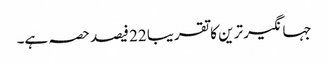
جہانگیر ترین کا تقریبا 22 فیصد حصہ ہے۔